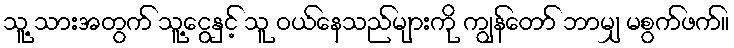
သူ့ သားအတွက် သူ့ငွေနှင့် သူ ဝယ်နေသည်များကို ကျွန်တော် ဘာမျှ မစွက်ဖက်။